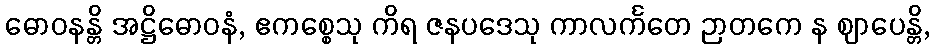
ဓောဝနန္တိ အဋ္ဌိဓောဝနံ, ဧကစ္စေသု ကိရ ဇနပဒေသု ကာလင်္ကတေ ဉာတကေ န ဈာပေန္တိ,